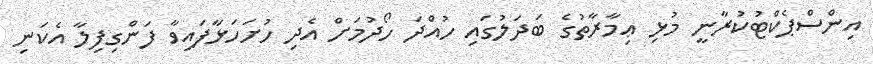
އިންސްޕެކްޓުކުރާނީ މުޅި ޢިމާރާތުގެ ބަދަލުގައި ހުއްދަ ހޯދުމަށް އެދި ހުށަހަޅާފައިވާ ފަންގިފިލާ އެކަނި